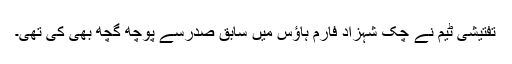
تفتیشی ٹیم نے چک شہزاد فارم ہاؤس میں سابق صدرسے پوچھ گچھ بھی کی تھی۔